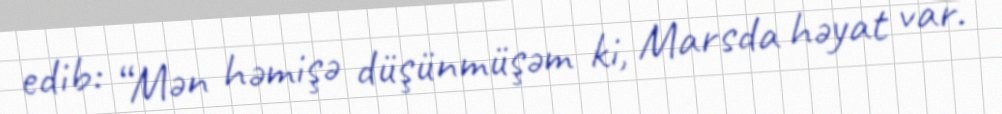
edib: “Mən həmişə düşünmüşəm ki, Marsda həyat var.